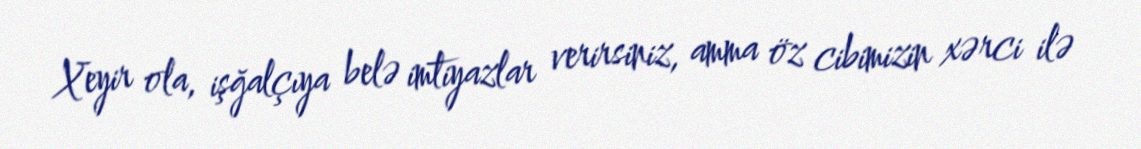
Xeyir ola, işğalçıya belə imtiyazlar verirsiniz, amma öz cibimizin xərci ilə